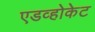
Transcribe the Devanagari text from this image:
एडव्होकेट